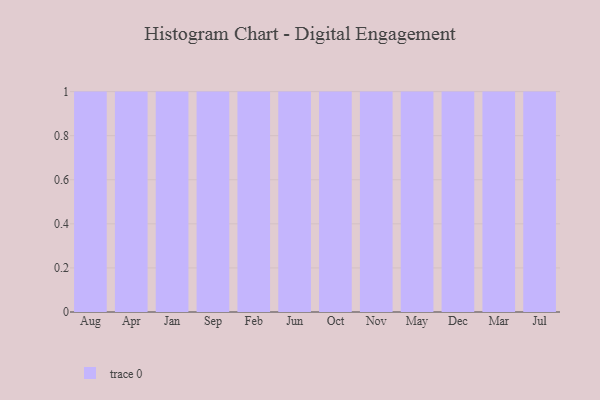
{"axis": {"x": "Month", "y": "Revenue (USD Million)"}, "legend": [""], "data": [{"x": "Aug", "y": 53, "type": ""}, {"x": "Apr", "y": 38, "type": ""}, {"x": "Jan", "y": 59, "type": ""}, {"x": "Sep", "y": 10, "type": ""}, {"x": "Feb", "y": 20, "type": ""}, {"x": "Jun", "y": 67, "type": ""}, {"x": "Oct", "y": 27, "type": ""}, {"x": "Nov", "y": 62, "type": ""}, {"x": "May", "y": 35, "type": ""}, {"x": "Dec", "y": 3, "type": ""}, {"x": "Mar", "y": 48, "type": ""}, {"x": "Jul", "y": 9, "type": ""}]}